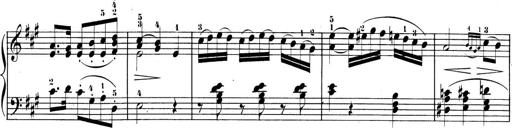
Title: 3 Sonatinen, Op.8
Composer: Isidor Wilhelm Seiss